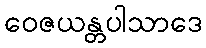
ဝေဇယန္တပါသာဒေ